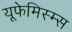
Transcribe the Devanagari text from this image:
यूफेमिस्म्स